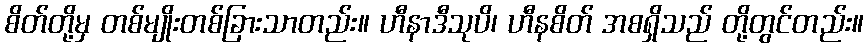
စိတ်တို့မှ တစ်မျိုးတစ်ခြားသာတည်း။ ဟီနာဒီသုပိ၊ ဟီနစိတ် အစရှိသည် တို့တွင်တည်း။